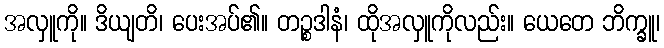
အလှူကို။ ဒိယျတိ၊ ပေးအပ်၏။ တဉ္စဒါနံ၊ ထိုအလှူကိုလည်း။ ယေတေ ဘိက္ခူ၊